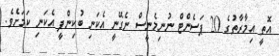
އޮތީ އިމާރާތުގެ 20 ޕަސެންޓް ނުނިމެނީސް ނެގޭނީ އެކަނި ބުކިންްފީ އެކަނި ކަމަށެވެ.